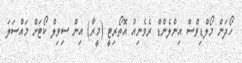
ހޯދަން މޯލްޑިވްސް އިންލެންޑް ރެވެނިއު އޮތޯރިޓީ (މީރާ) އިން ސިވިލް ކޯޓަށް މައްސަލަ